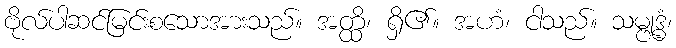
ဗိုလ်ပါဆင်မြင်းစသောအားသည်။ အတ္ထိ၊ ရှိ၏။ အဟံ၊ ငါသည်။ သမ္ဗုဒ္ဓံ၊